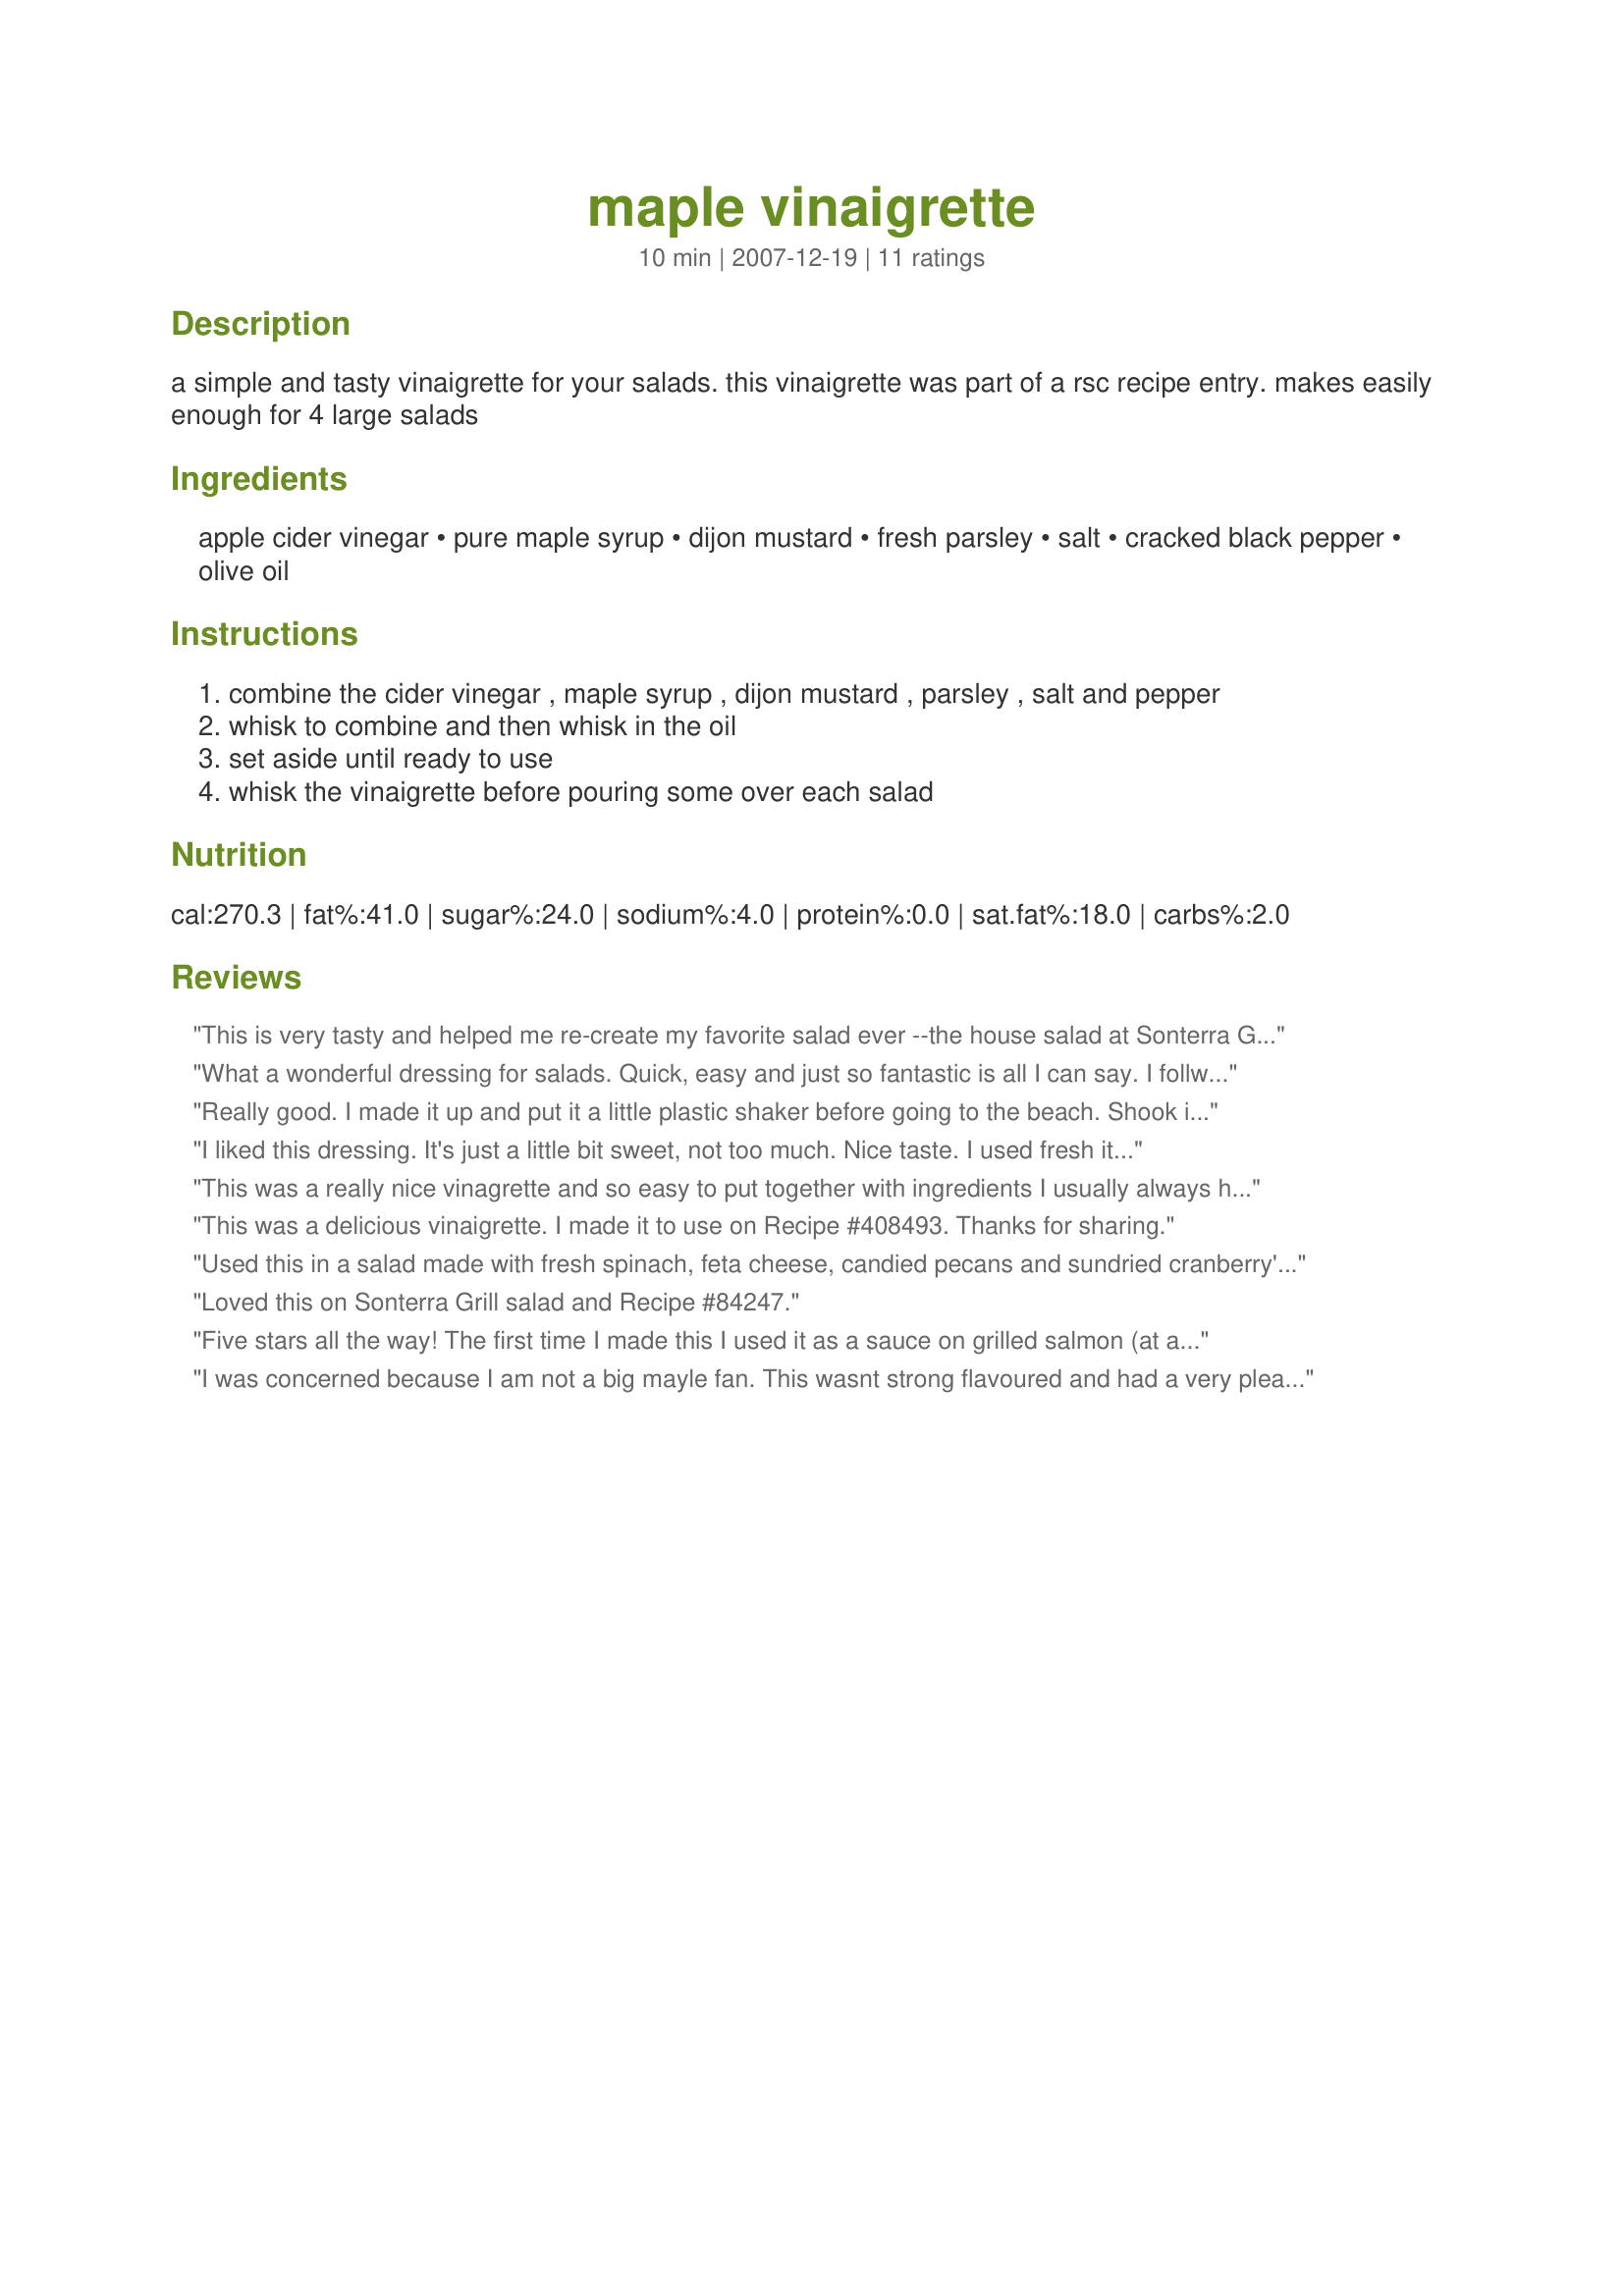
maple vinaigrette
Preparation time: 10 minutes

a simple and tasty vinaigrette for your salads. this vinaigrette was part of a rsc recipe entry. makes easily enough for 4 large salads

Ingredients:
apple cider vinegar, pure maple syrup, dijon mustard, fresh parsley, salt, cracked black pepper, olive oil

Steps:
combine the cider vinegar , maple syrup , dijon mustard , parsley , salt and pepper
whisk to combine and then whisk in the oil
set aside until ready to use
whisk the vinaigrette before pouring some over each salad

Reviews:
This is very tasty and helped me re-create my favorite salad ever --the house salad at Sonterra Grill. Mixed field greens, toasted pecans, bleu cheese crumbles, dried cranberries and thinly sliced granny smith apples. And this :-)
What a wonderful dressing for salads. Quick, easy and just so fantastic is all I can say. I follwed the recipe exactly.
I served the vinaigrette on its own, for everyone to try with their cold chicken and salad. One by one everyone put a little on their salad, tasted it and then went back for some to pour over their cold chicken. My DS described it as a tangy honey mustard dressing. It was not overly sweet and was just right. A wonderful recipe loved and requested to be made again for this family. 
Thanks **Jubes** another wondrful recipe by you yet again!
Really good. I made it up and put it a little plastic shaker before going to the beach. Shook it up and served over bagged baby lettuces for a no-fuss, delicious salad. Thanks.
I liked this dressing. It's just a little bit sweet, not too much. Nice taste. I used fresh italian parsley from my garden (and funny, I asked DH to bring me parsley and he came back with bell peppers leaves) .Thanks Jubes. Made for the Babes of ZWT4
This was a really nice vinagrette and so easy to put together with ingredients I usually always have in the house. Sweet enough that my DD's liked it, but not too sweet. Thanks! Made for ZWT4 - Los Jefes de la Cocina!
This was a delicious vinaigrette. I made it to use on Recipe #408493. Thanks for sharing.
Used this in a salad made with fresh spinach, feta cheese, candied pecans and sundried cranberry's. Delicious flavors. It was wonderful!!
Loved this on Sonterra Grill salad and Recipe #84247.
Five stars all the way! The first time I made this I used it as a sauce on grilled salmon (at a dinner party) and everyone loved it. I also used it on grilled trout and as a salad dressing on fresh sliced tomato. Thank you for this wonderful recipe!
I was concerned because I am not a big mayle fan. This wasnt strong flavoured and had a very pleasant taste. I added some walnuts and toasted almonds to my salad as well. I have about 2 tbsp left and I am going to a picnic and will use the dressing for my salad.
Made for ZWT4 the chic Chefs.
Excellent vinaigrette. Quick and easy, tasted wonderful. Used a grainy dijon mustard so that added a nice element to the dressing. Can't imagine it being any better, even though I omitted the parsely.
